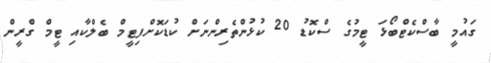
ގައުމީ ބާސްކެޓްބޯޅަ ޓީމުގެ ސްކޮޑު 20 ކުޅުންތެރިންނަށް ކުޑަކޮށްފިޓީމް ބެލްކާއި ޓީމް ގްރީން